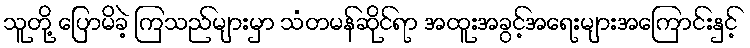
သူတို့ ပြောမိခဲ့ ကြသည်များမှာ သံတမန်ဆိုင်ရာ အထူးအခွင့်အရေးများအကြောင်းနှင့်